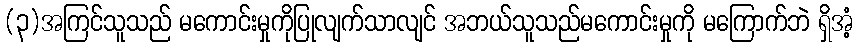
(၃)အကြင်သူသည် မကောင်းမှုကိုပြုလျက်သာလျင် အဘယ်သူသည်မကောင်းမှုကို မကြောက်ဘဲ ရှိအံ့